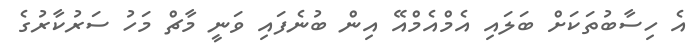
އެ ހިސާބުތަކަށް ބަލައި އެމްއެމްއޭ އިން ބުނެފައި ވަނީ މާޗް މަހު ސަރުކާރުގެ